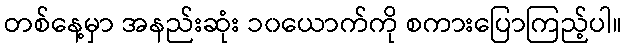
တစ်နေ့မှာ အနည်းဆုံး ၁၀ယောက်ကို စကားပြောကြည့်ပါ။